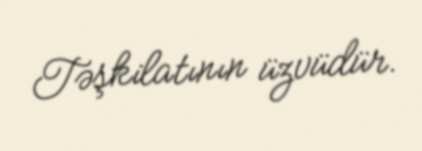
Təşkilatının üzvüdür.